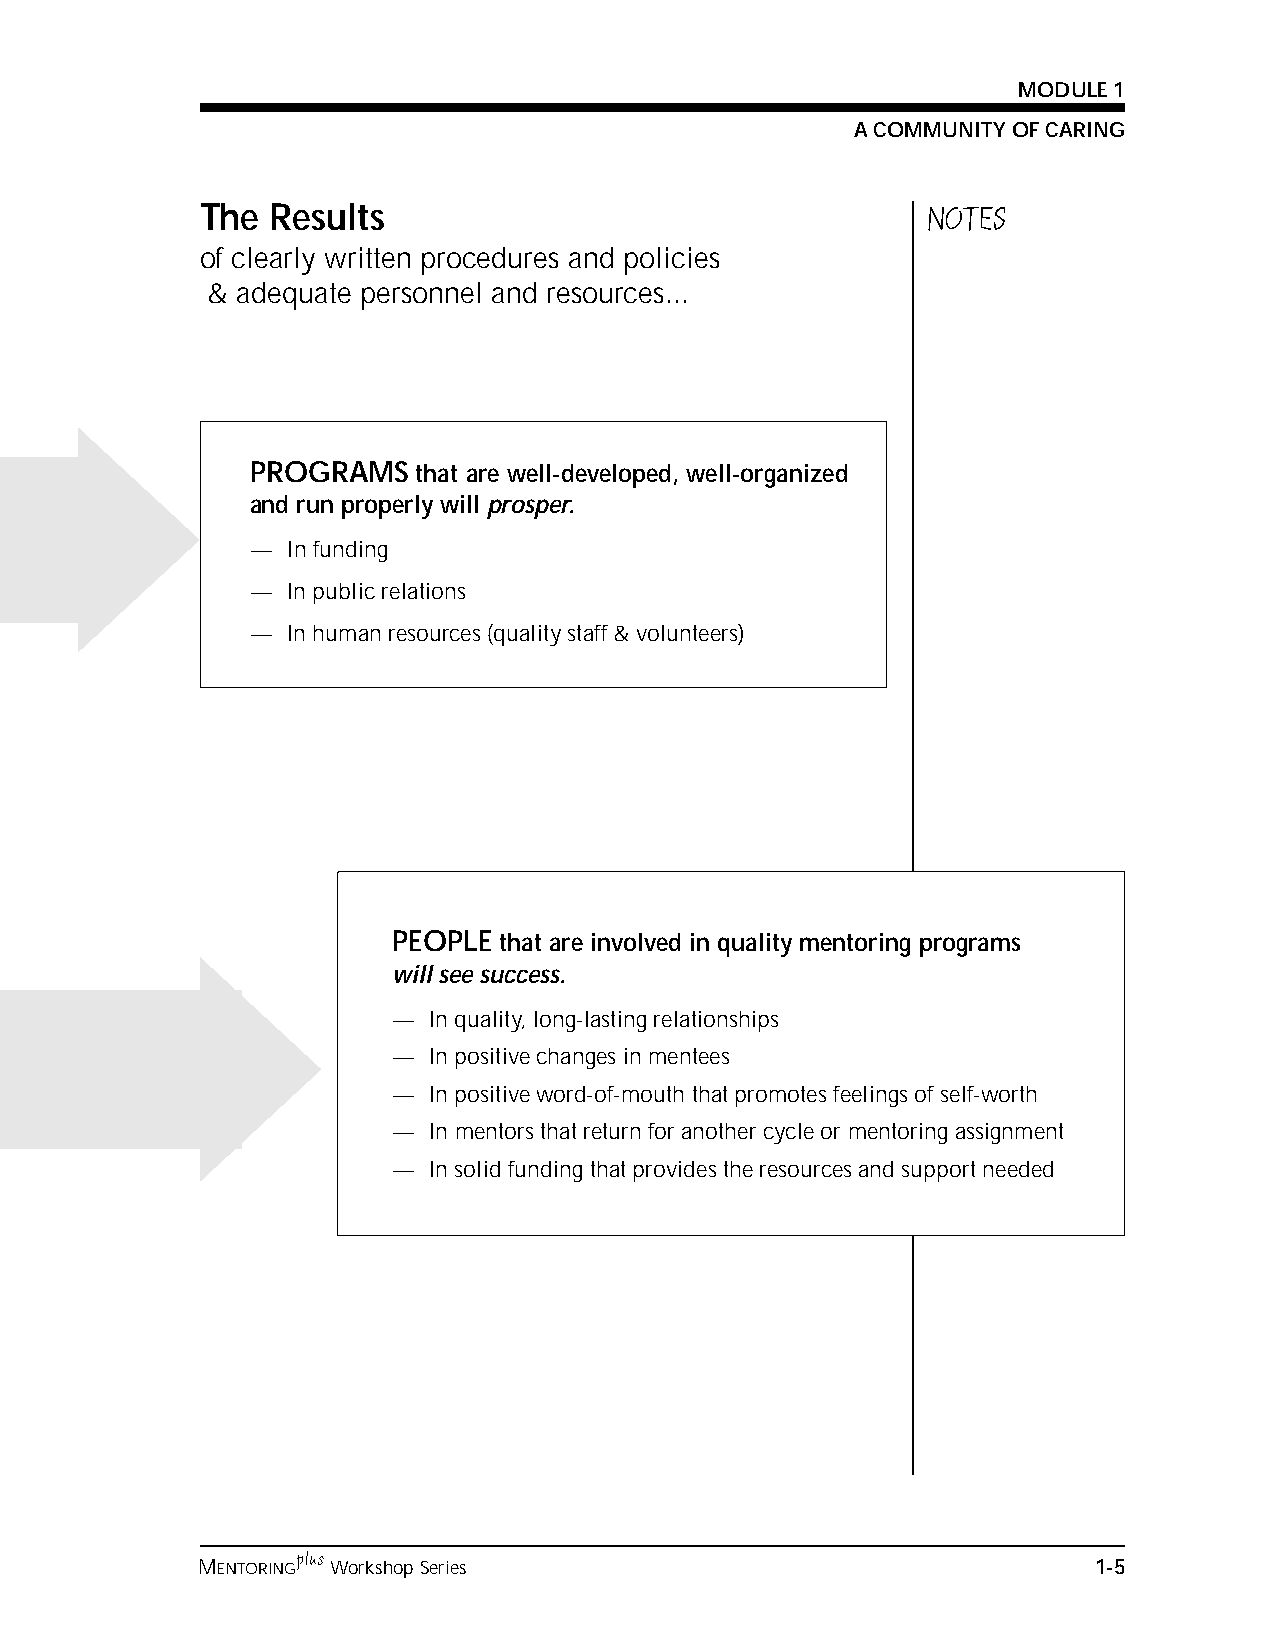
MODULE 1
 A COMMUNITY OF CARING
 The  Results                                    NOTES
 of clearly written procedures and policies
 & adequate personnel and resources...
 PROGRAMS   that are well-developed, well-organized
 and run properly will prosper.
 — In funding
 — In public relations
 — In human resources (quality staff & volunteers)
 PEOPLE that are involved in quality mentoring programs
 will see success.
 — In quality, long-lasting relationships
 — In positive changes in mentees
 — In positive word-of-mouth that promotes feelings of self-worth
 — In mentors that return for another cycle or mentoring assignment
 — In solid funding that provides the resources and support needed
 plus
 MENTORING Workshop Series                                  1-5